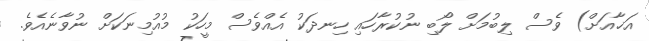
އަޚާއަށް) ވެސް ލިބުމަށް ލޯބި ނުކުރާހައި ހިނދަކު އެއްވެސް މީހަކު މުއުމިނަކަށް ނުވާނެއެވެ.